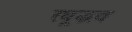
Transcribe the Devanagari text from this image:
रघूद्भव